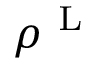
\rho ^ { \mathrm { ~ L ~ } }